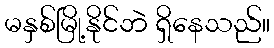
မနှစ်မြို့နိုင်ဘဲ ရှိနေသည်။